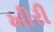
ખીરી